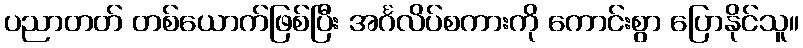
ပညာတတ် တစ်ယောက်ဖြစ်ပြီး အင်္ဂလိပ်စကားကို ကောင်းစွာ ပြောနိုင်သူ။